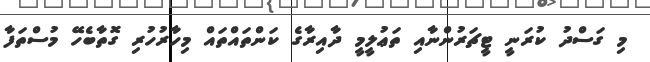
މި ގަސްދު ކުރަނީ ޓީޗަރުންނާއި ތަޢުލީމީ ދާއިރާގެ ކަންތައްތައް މިހާރުހުރި ގޮތާބެހޭ މުސްތަފާ